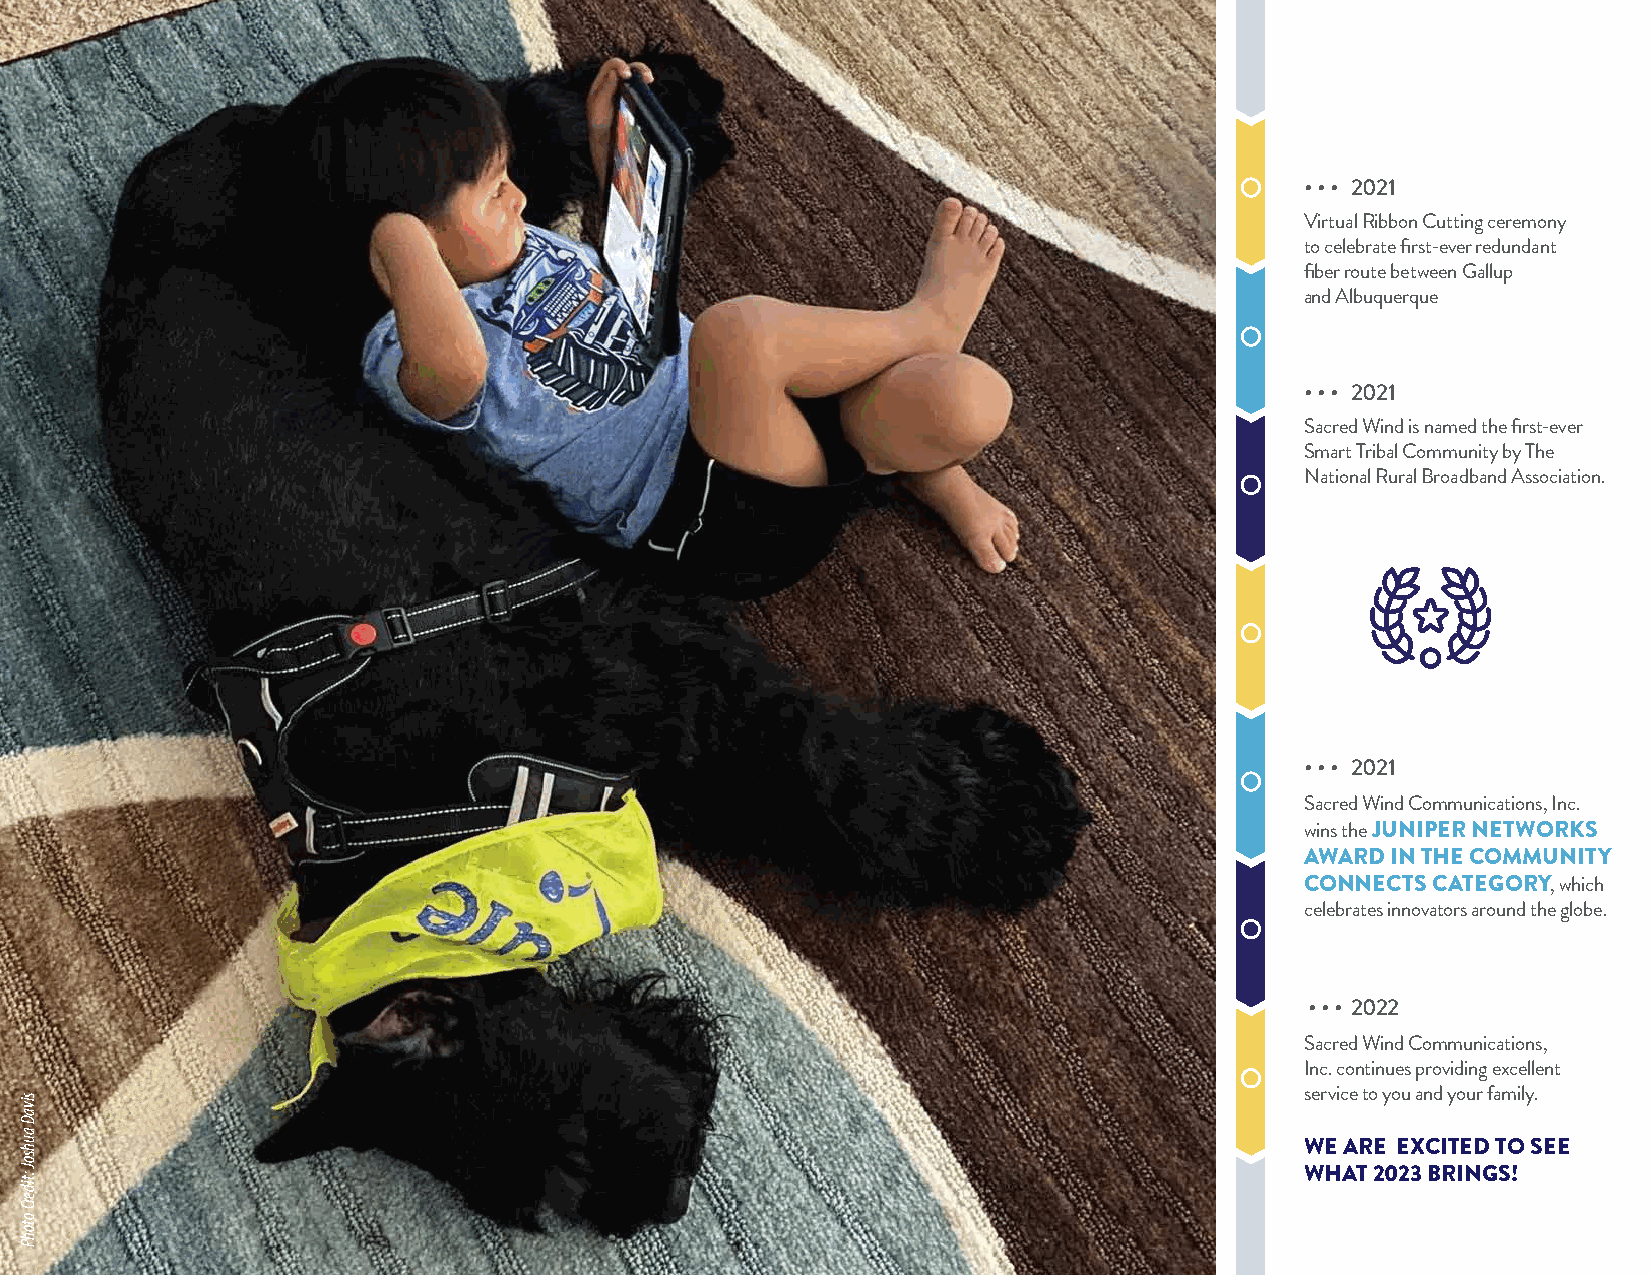
• • • 2021
 Virtual Ribbon Cutting ceremony
 to celebrate first-ever redundant
 fiber route between Gallup
 and Albuquerque
 • • • 2021
 Sacred Wind is named the first-ever
 Smart Tribal Community by The
 National Rural Broadband Association.
 SacredWindCommunications.com
 • • • 2021
 Sacred Wind Communications, Inc.
 wins the JUNIPER NETWORKS
 AWARD IN THE COMMUNITY
 CONNECTS CATEGORY, which
 celebrates innovators around the globe.
 • • • 2022
 Sacred Wind Communications,
 Inc. continues providing excellent
 service to you and your family.
 WE ARE EXCITED TO SEE
 WHAT 2023 BRINGS!
 sivaD
 auhsoJ
 :tiderC
 otohP